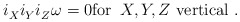
\begin{align*} i_X^{} i_Y^{} i_Z^{} \>\! \omega = 0 \mbox{for~$\, X,Y,Z$ vertical}~.\end{align*}